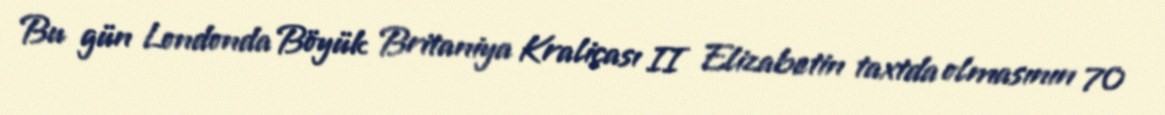
Bu gün Londonda Böyük Britaniya Kraliçası II Elizabetin taxtda olmasının 70